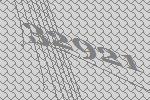
32921